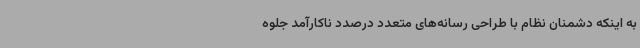
به اینکه دشمنان نظام با طراحی رسانه‌های متعدد درصدد ناکارآمد جلوه